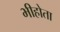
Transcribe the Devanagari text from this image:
भीहोता